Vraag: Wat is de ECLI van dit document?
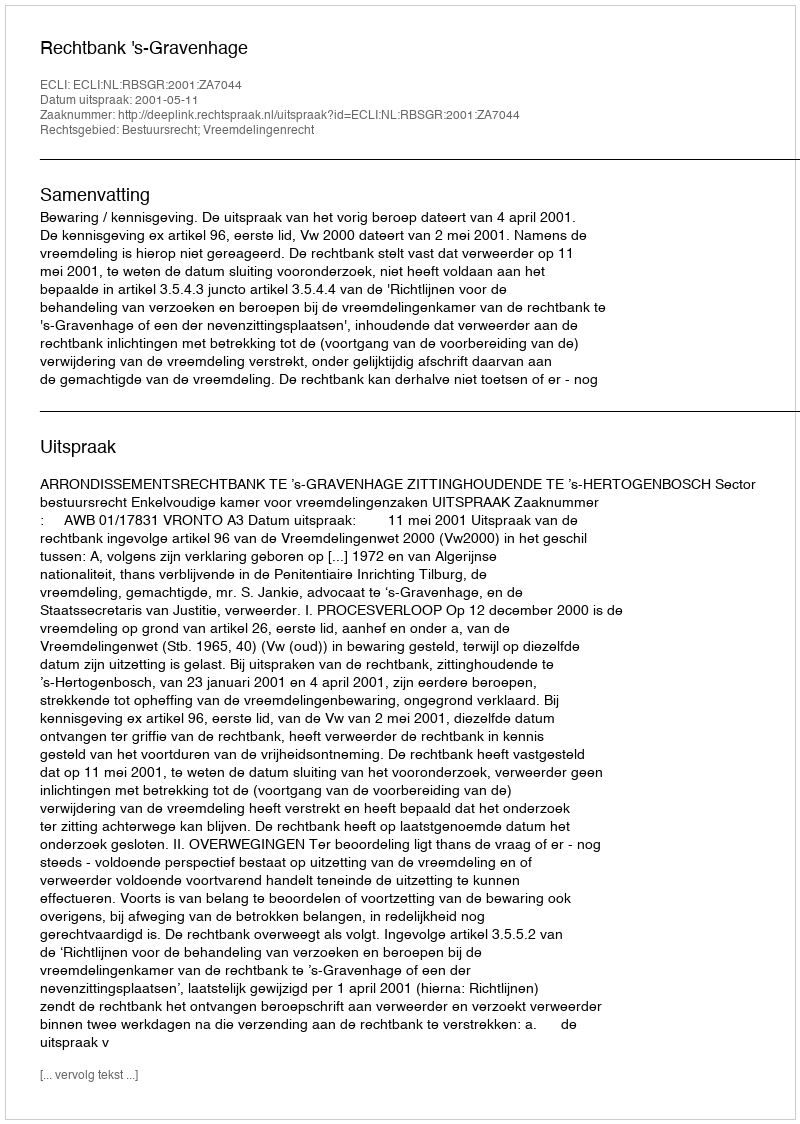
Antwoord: ECLI:NL:RBSGR:2001:ZA7044